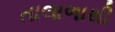
તાલાળાથી